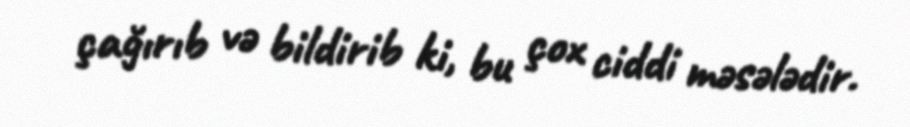
çağırıb və bildirib ki, bu çox ciddi məsələdir.